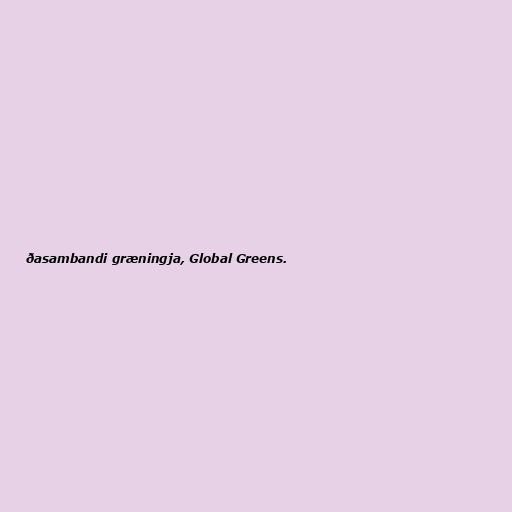
ðasambandi græningja, Global Greens.